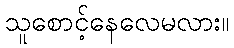
သူစောင့်နေလေမလား။